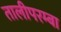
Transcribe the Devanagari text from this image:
तालीपरम्बा